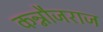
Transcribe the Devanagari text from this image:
कन्नौजराज